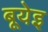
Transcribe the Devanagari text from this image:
बूयेइ